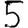
Digit: 5